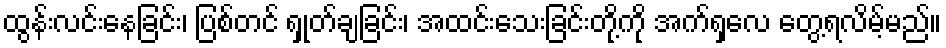
ထွန်းလင်းနေခြင်း၊ ပြစ်တင် ရှုတ်ချခြင်း၊ အထင်းသေးခြင်းတို့ကို အက်ရှလေ တွေ့ရလိမ့်မည်။